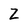
Character: Z